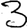
Digit: 3